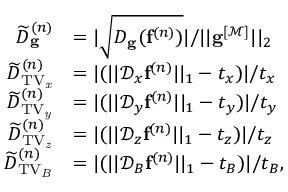
\begin{array} { r l } { \widetilde { D } _ { \mathbf { g } } ^ { ( n ) } } & { = | \sqrt { D _ { \mathbf { g } } ( \mathbf { f } ^ { ( n ) } ) } | / | | \mathbf { g } ^ { [ \mathcal { M } ] } | | _ { 2 } } \\ { \widetilde { D } _ { \mathrm { T V _ { \it x } } } ^ { ( n ) } } & { = | ( | | \mathcal { D } _ { x } \mathbf { f } ^ { ( n ) } | | _ { 1 } - t _ { x } ) | / t _ { x } } \\ { \widetilde { D } _ { \mathrm { T V _ { \it y } } } ^ { ( n ) } } & { = | ( | | \mathcal { D } _ { y } \mathbf { f } ^ { ( n ) } | | _ { 1 } - t _ { y } ) | / t _ { y } } \\ { \widetilde { D } _ { \mathrm { T V _ { \it z } } } ^ { ( n ) } } & { = | ( | | \mathcal { D } _ { z } \mathbf { f } ^ { ( n ) } | | _ { 1 } - t _ { z } ) | / t _ { z } } \\ { \widetilde { D } _ { \mathrm { T V _ { \it B } } } ^ { ( n ) } } & { = | ( | | \mathcal { D } _ { B } \mathbf { f } ^ { ( n ) } | | _ { 1 } - t _ { B } ) | / t _ { B } , } \end{array}